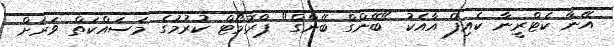
އޭނާ ކެޓްރީނާ ކެއިފް އާއެކު "ބޭންގް ބޭންގް" ޕްރޮމޯޓް ކުރުމުގެ މަސައްކަތް ވަރަށް